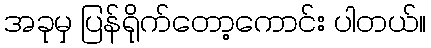
အခုမှ ပြန်ရိုက်တော့ကောင်း ပါတယ်။